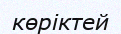
көріктей